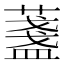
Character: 𦾟